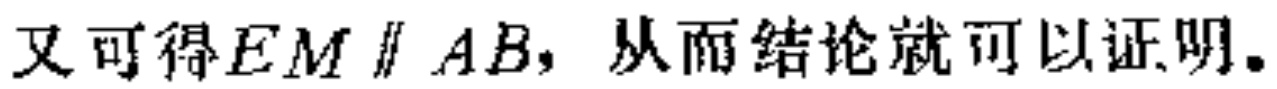
又可得\(EM\parallel AB\)，从而结论就可以证明。